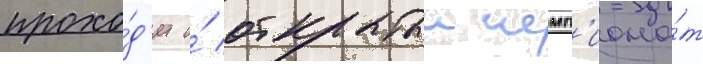
прохо́д'ит и́ открытыи чемп'иона́т